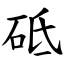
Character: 砥